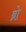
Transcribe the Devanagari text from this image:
ब्रो